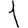
Digit: 1